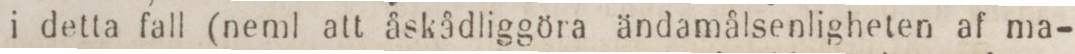
i detta fall (neml att åskådliggöra ändamålsenligheten af ma-